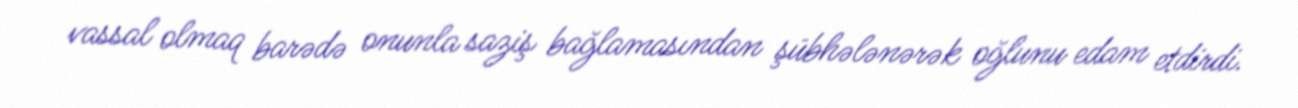
vassal olmaq barədə onunla saziş bağlamasından şübhələnərək oğlunu edam etdirdi.